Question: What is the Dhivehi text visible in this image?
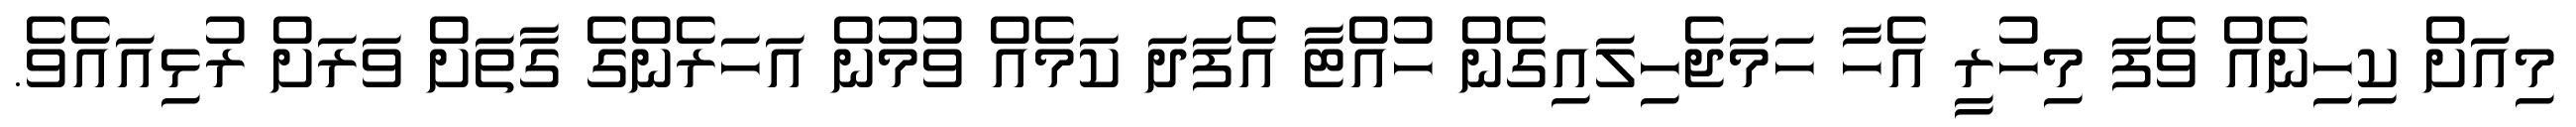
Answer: މިއަށް ކިހިނެއް ވެފަ މިހުރީ އެހާ ހަމަޖެހިލައިގެން ހުއްޓާ އެފަދަ ކަމެއް ވުމުން އަހަރެންގެ ގާތަށް ވަރަށް ރުޅިއައެވެ.